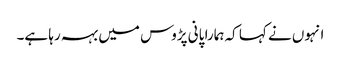
انہوں نے کہا کہ ہمارا پانی پڑوس میں بہہ رہا ہے۔